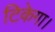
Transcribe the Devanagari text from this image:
टिकेगा।